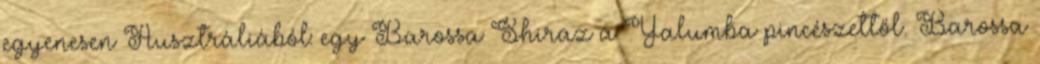
egyenesen Ausztráliából: egy Barossa Shiraz a Yalumba pincészettől. Barossa